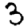
Digit: 3